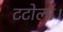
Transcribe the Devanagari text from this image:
टटोला।